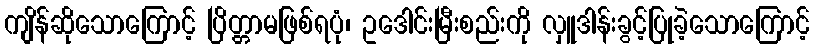
ကျိန်ဆိုသောကြောင့် ပြိတ္တာမဖြစ်ရပုံ၊ ဥဒေါင်းမြီးစည်းကို လှူဒါန်းခွင့်ပြုခဲ့သောကြောင့်